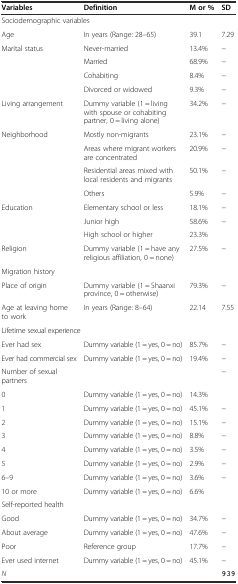
| Variables | Definition | M or % | SD |
 | --- | --- | --- | --- |
 | <COLSPAN=4> Sociodemographic variables |
 | Age | In years (Range: 28–65) | 39.1 | 7.29 |
 | <ROWSPAN=4> Marital status | Never-married | 13.4% | − |
 | Married | 68.9% | − |
 | Cohabiting | 8.4% | − |
 | Divorced or widowed | 9.3% | − |
 | Living arrangement | Dummy variable (1 = living with spouse or cohabiting partner, 0 = living alone) | 34.2% | − |
 | <ROWSPAN=4> Neighborhood | Mostly non-migrants | 23.1% | − |
 | Areas where migrant workers are concentrated | 20.9% | − |
 | Residential areas mixed with local residents and migrants | 50.1% | − |
 | Others | 5.9% | − |
 | <ROWSPAN=3> Education | Elementary school or less | 18.1% | − |
 | Junior high | 58.6% | − |
 | High school or higher | 23.3% |  |
 | Religion | Dummy variable (1 = have any religious affiliation, 0 = none) | 27.5% | − |
 | <COLSPAN=4> Migration history |
 | Place of origin | Dummy variable (1 = Shaanxi province, 0 = otherwise) | 79.3% | − |
 | Age at leaving home to work | In years (Range: 8–64) | 22.14 | 7.55 |
 | <COLSPAN=4> Lifetime sexual experience |
 | Ever had sex | Dummy variable (1 = yes, 0 = no) | 85.7% | − |
 | Ever had commercial sex | Dummy variable (1 = yes, 0 = no) | 19.4% | − |
 | Number of sexual partners |  |  | − |
 | 0 | Dummy variable (1 = yes, 0 = no) | 14.3% |  |
 | 1 | Dummy variable (1 = yes, 0 = no) | 45.1% | − |
 | 2 | Dummy variable (1 = yes, 0 = no) | 15.1% | − |
 | 3 | Dummy variable (1 = yes, 0 = no) | 8.8% | − |
 | 4 | Dummy variable (1 = yes, 0 = no) | 3.5% | − |
 | 5 | Dummy variable (1 = yes, 0 = no) | 2.9% | − |
 | 6–9 | Dummy variable (1 = yes, 0 = no) | 3.6% | − |
 | 10 or more | Dummy variable (1 = yes, 0 = no) | 6.6% |  |
 | <COLSPAN=4> Self-reported health |
 | Good | Dummy variable (1 = yes, 0 = no) | 34.7% | − |
 | About average | Dummy variable (1 = yes, 0 = no) | 47.6% | − |
 | Poor | Reference group | 17.7% | − |
 | Ever used internet | Dummy variable (1 = yes, 0 = no) | 45.1% | − |
 | <COLSPAN=2> N |  | 939 |